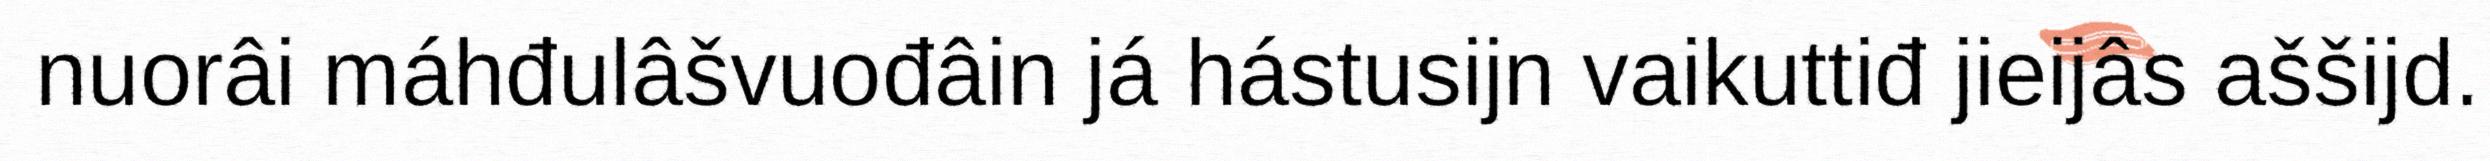
nuorâi máhđulâšvuođâin já hástusijn vaikuttiđ jieijâs aššijd.